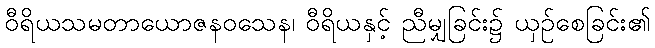
ဝီရိယသမတာယောဇနဝသေန၊ ဝီရိယနှင့် ညီမျှခြင်း၌ ယှဉ်စေခြင်း၏